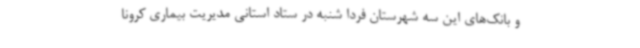
و بانک‌های این سه شهرستان فردا شنبه در ستاد استانی مدیریت بیماری کرونا